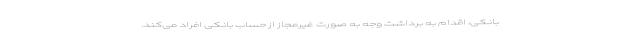
بانکی، اقدام به برداشت وجه به صورت غیرمجاز از حساب بانکی افراد می‌کند.